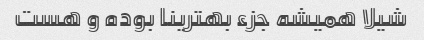
شیلا همیشه جزء بهترینا بوده و هست